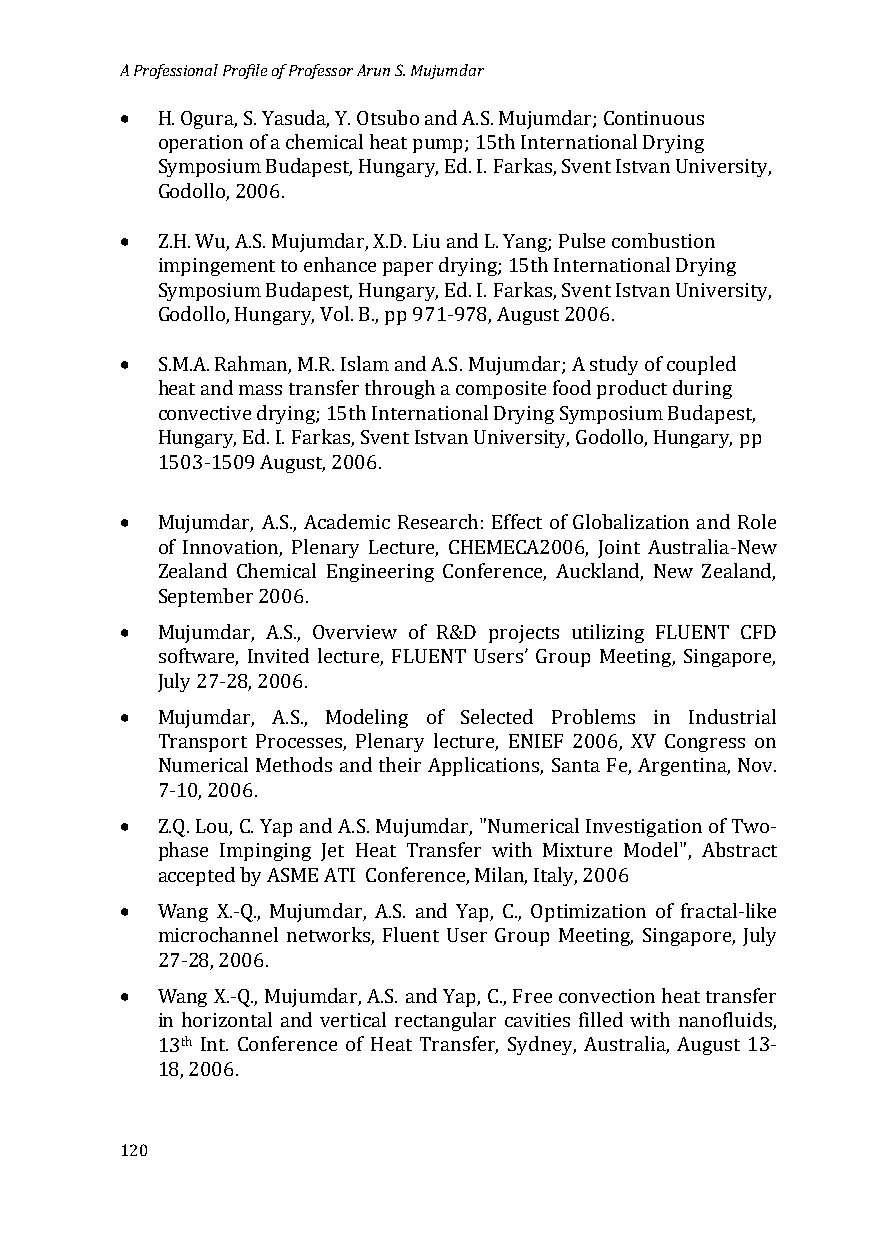
A Professional Profile of Professor Arun S. Mujumdar
 •
 H. Ogura, S. Yasuda, Y. Otsubo and A.S. Mujumdar; Continuous
 operation of a chemical heat pump; 15th International Drying
 Symposium Budapest, Hungary, Ed. I. Farkas, Svent Istvan University,
 • Godollo, 2006.
 Z.H. Wu, A.S. Mujumdar, X.D. Liu and L. Yang; Pulse combustion
 impingement to enhance paper drying; 15th International Drying
 Symposium Budapest, Hungary, Ed. I. Farkas, Svent Istvan University,
 • Godollo, Hungary, Vol. B., pp 971-978, August 2006.
 S.M.A. Rahman, M.R. Islam and A.S. Mujumdar; A study of coupled
 heat and mass transfer through a composite food product during
 convective drying; 15th International Drying Symposium Budapest,
 Hungary, Ed. I. Farkas, Svent Istvan University, Godollo, Hungary, pp
 1503-1509 August, 2006.
 •
 Mujumdar, A.S., Academic Research: Effect of Globalization and Role
 of Innovation, Plenary Lecture, CHEMECA2006, Joint Australia-New
 Zealand Chemical Engineering Conference, Auckland, New Zealand,
 •
 September 2006.
 Mujumdar, A.S., Overview of R&D projects utilizing FLUENT CFD
 software, Invited lecture, FLUENT Users’ Group Meeting, Singapore,
 •
 July 27-28, 2006.
 Mujumdar, A.S., Modeling of Selected Problems in Industrial
 Transport Processes, Plenary lecture, ENIEF 2006, XV Congress on
 Numerical Methods and their Applications, Santa Fe, Argentina, Nov.
 •
 7-10, 2006.
 Z.Q. Lou, C. Yap and A.S. Mujumdar, "Numerical Investigation of Two-
 phase Impinging Jet Heat Transfer with Mixture Model", Abstract
 •
 accepted by ASME ATI Conference, Milan, Italy, 2006
 Wang X.-Q., Mujumdar, A.S. and Yap, C., Optimization of fractal-like
 microchannel networks, Fluent User Group Meeting, Singapore, July
 •
 27-28, 2006.
 Wang X.-Q., Mujumdar, A.S. and Yap, C., Free convection heat transfer
 in horizontal and vertical rectangular cavities filled with nanofluids,
 th
 13 Int. Conference of Heat Transfer, Sydney, Australia, August 13-
 18, 2006.
 120